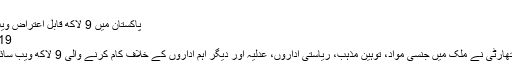
ان حملو [..]مزید پڑھیں
پاکستان میں 9 لاکھ قابل اعتراض ویب سائٹس بند کر دی گئیں
09/28/2019 2:08 PM
پاکستان ٹیلی کمیونکیشن اتھارٹی نے ملک میں جنسی مواد، توہین مذہب، ریاستی اداروں، عدلیہ اور دیگر اہم اداروں کے خلاف کام کرنے والی 9 لاکھ ویب سائٹس کو بند کر دیا گیا ہے۔